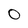
Character: O